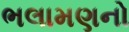
ભલામણનો